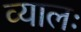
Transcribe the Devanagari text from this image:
व्यालः